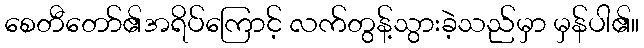
စေတီတော်၏အရိပ်ကြောင့် လက်တွန့်သွားခဲ့သည်မှာ မှန်ပါ၏။